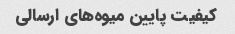
کیفیت پایین میوه‌های ارسالی